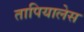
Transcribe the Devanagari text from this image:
तापियालेस